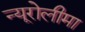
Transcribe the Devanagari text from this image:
न्यूरोलीमा